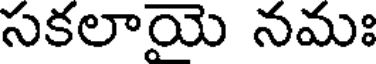
సకలాయె నమః